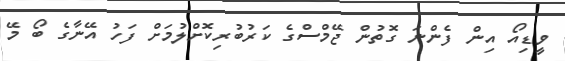
ވީޑިއޯ އިން ފެންނަ ގޮތުން ޖޭމްސްގެ ކަރުބުރިކޮށްލުމަށް ފަހު އޭނާގެ ބޯ މޭ